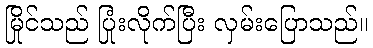
မြိုင်သည် ပြုံးလိုက်ပြီး လှမ်းပြောသည်။